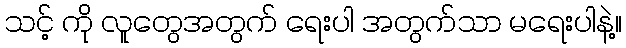
သင့် ကို လူတွေအတွက် ရေးပါ အတွက်သာ မရေးပါနဲ့။